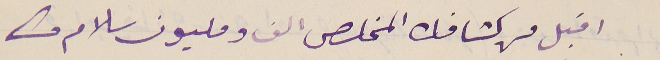
اقبل من كشافك المخلص الف ومليون سلام منى